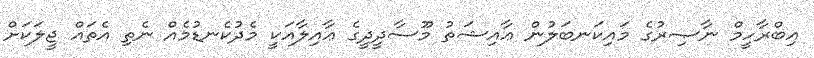
އިބްރާހީމް ނާޞިރުގެ މައިކަނބަލުން ޢާއިޝަތު މޫސާދީދީގެ ޢާއިލާއަކީ މެދުކެނޑުމެއް ނެތި އެތައް ޖީލަކަށް